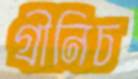
গ্রীনিচ